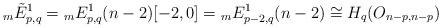
LaTeX: \begin{align*}{}_{m}\tilde{E}^{1}_{p,q} = {}_{m}E^{1}_{p,q}(n-2)[-2,0] = {}_{m}E^{1}_{p-2, q}(n-2) \cong H_{q}(O_{n-p, n-p}) \end{align*}